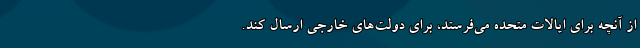
از آنچه برای ایالات متحده می‌فرستد، برای دولت‌های خارجی ارسال کند.